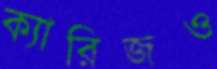
ক্যারিজও